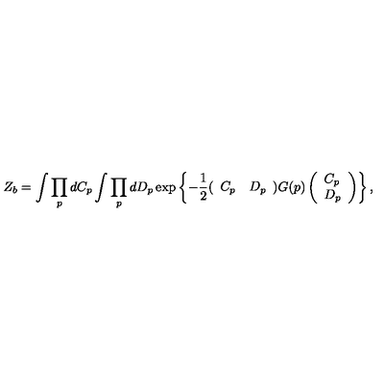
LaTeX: Z _ { b } = \int \prod _ { p } d C _ { p } \int \prod _ { p } d D _ { p } \exp \left\{ - \frac { 1 } { 2 } ( \begin{array} { l l } { C _ { p } } & { D _ { p } } \\ \end{array} ) G ( p ) \left( \begin{array} { l } { C _ { p } } \\ { D _ { p } } \\ \end{array} \right) \right\} ,